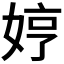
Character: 𫰳